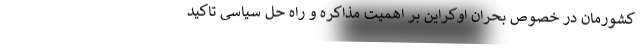
کشورمان در خصوص بحران اوکراین بر اهمیت مذاکره و راه حل سیاسی تاکید